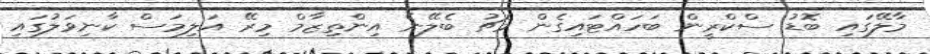
މާލޭގައި ބޮޑު ސްކްރީން ބަހައްޓައިގެން މެޗު ބެލޭނެ އިންތިޒާމް މިރޭ އަލިމަސް ކާނިވަލުގައި